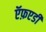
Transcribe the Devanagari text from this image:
ऍफ़एडी